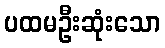
ပထမဦးဆုံးသော